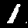
Label: 1